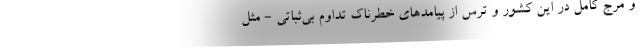
و مرج کامل در این کشور و ترس از پیامدهای خطرناک تداوم بی‌ثباتی - مثل